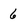
Character: 6